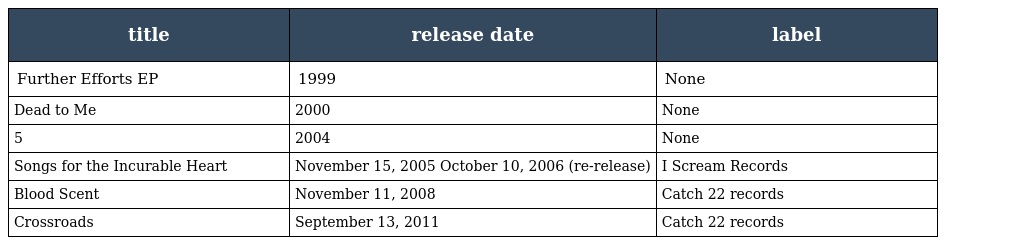
| title | release date | label |
 | --- | --- | --- |
 | Further Efforts EP | 1999 | None |
 | Dead to Me | 2000 | None |
 | 5 | 2004 | None |
 | Songs for the Incurable Heart | November 15, 2005 October 10, 2006 (re-release) | I Scream Records |
 | Blood Scent | November 11, 2008 | Catch 22 records |
 | Crossroads | September 13, 2011 | Catch 22 records |